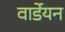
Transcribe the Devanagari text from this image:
वार्डेयन